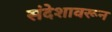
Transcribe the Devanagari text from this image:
संदेशावरून